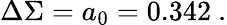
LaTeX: \Delta\Sigma=a_{0}=0.342~.